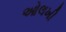
ઓલખી